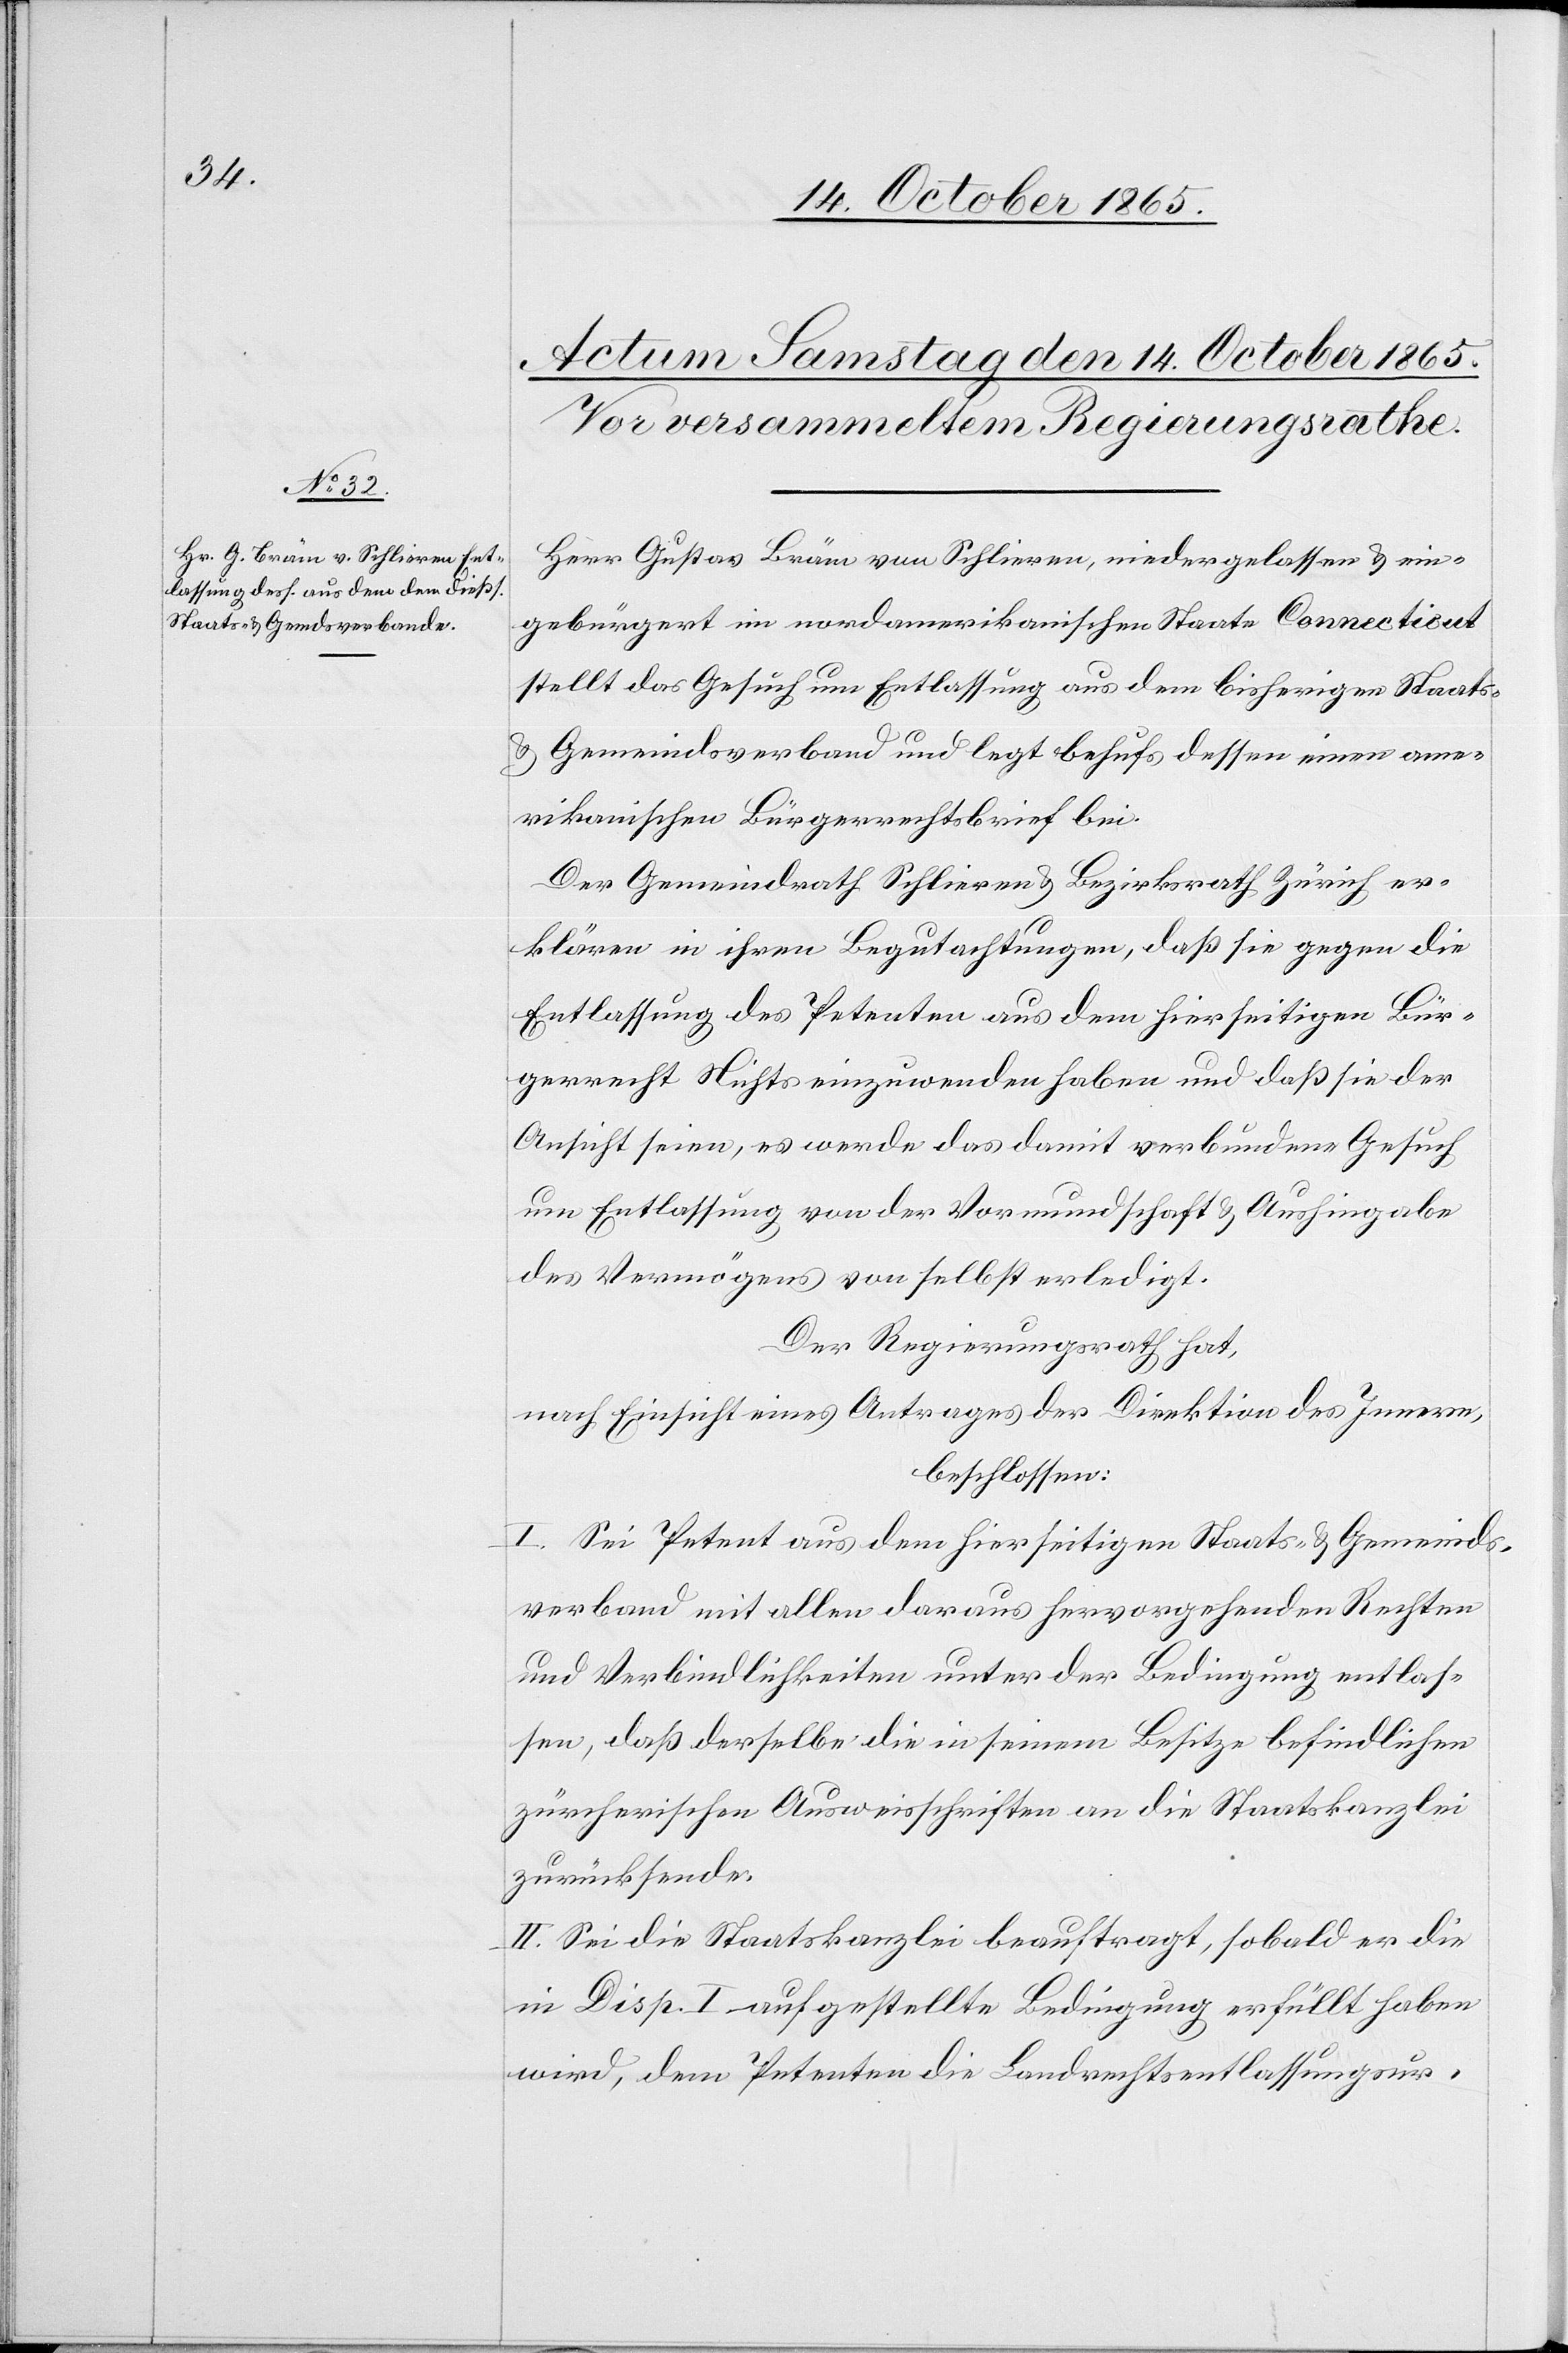
Herr Gustav Bräm von Schlieren, niedergelassen & ein¬
gebürgert im nordamerikanischen Staate Connecticut
stellt das Gesuch um Entlassung aus dem bisherigen Staats-
& Gemeindsverband und legt behufs dessen einen ame¬
rikanischen Bürgerrechtsbrief bei.
Der Gemeindrath Schlieren & Bezirksrath Zürich er¬
klären in ihren Begutachtungen, daß sie gegen die
Entlassung des Petenten aus dem hierseitigen Bür¬
gerrecht Nichts einzuwenden haben und daß sie der
Ansicht seien, es werde das damit verbundene Gesuch
um Entlassung von der Vormundschaft & Aushingabe
des Vermögens von selbst erledigt.
Der Regierungsrath hat,
nach Einsicht eines Antrages der Direktion des Innern,
beschlossen:
I. Sei Petent aus dem hierseitigen Staats- & Gemeinds¬
verband mit allen daraus hervorgehenden Rechten
und Verbindlichkeiten unter der Bedingung entlas¬
sen, daß derselbe die in seinem Besitze befindlichen
zürcherischen Ausweisschriften an die Staatskanzlei
zurücksende.
II. Sei die Staatskanzlei beauftragt, sobald er die
in Disp. I aufgestellte Bedingung erfüllt haben
wird, dem Petenten die Landrechtsentlassungsur-